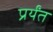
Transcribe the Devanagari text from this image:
प्रर्यंत